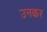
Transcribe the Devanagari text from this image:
उनकर